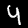
Label: 4